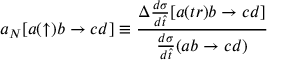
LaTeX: a _ { N } [ a ( \uparrow ) b \to c d ] \equiv { \frac { \Delta { \frac { d \sigma } { d \hat { t } } } [ a ( t r ) b \to c d ] } { { \frac { d \sigma } { d \hat { t } } } ( a b \to c d ) } }